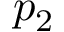
p _ { 2 }